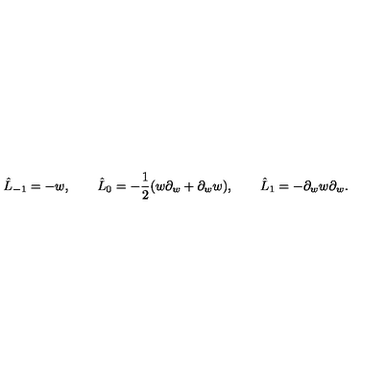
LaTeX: \hat { L } _ { - 1 } = - w , \qquad \hat { L } _ { 0 } = - { \frac { 1 } { 2 } } ( w \partial _ { w } + \partial _ { w } w ) , \qquad \hat { L } _ { 1 } = - \partial _ { w } w \partial _ { w } .